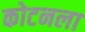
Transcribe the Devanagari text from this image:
कोटनला